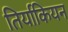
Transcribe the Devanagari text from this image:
तिर्याकियन